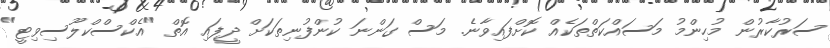
ސަރުކާރުން މުހިންމު މަސައްކަތްތަކެއް ކޮށްފައިވާނެ. މަސް ގަންނަ ކުންފުނިތަކަށް ދީފައި އޮތް "އެކްސްކްލޫސިވިޓީ"